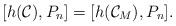
LaTeX: \begin{align*} [ h(\mathcal C) ,P_n] = [ h(\mathcal C_M) ,P_n] .\end{align*}